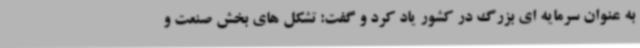
به عنوان سرمایه ای بزرگ در کشور یاد کرد و گفت: تشکل های بخش صنعت و